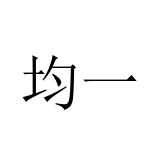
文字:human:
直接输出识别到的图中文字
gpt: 均一